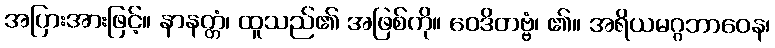
အပြားအားဖြင့်။ နာနတ္တံ၊ ထူသည်၏ အဖြစ်ကို။ ဝေဒိတဗ္ဗံ၊ ၏။ အရိယမဂ္ဂဘာဝေန၊